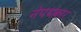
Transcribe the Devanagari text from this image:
नेपथकार